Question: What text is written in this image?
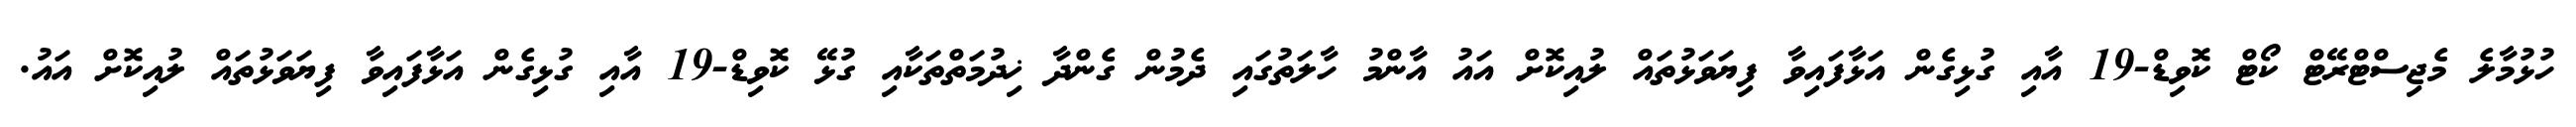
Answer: ހުޅުމާލެ މެޖިސްޓްރޭޓް ކޯޓް ކޮވިޑް-19 އާއި ގުޅިގެން އަޅާފައިވާ ފިޔަވަޅުތައް ލުއިކޮށް އައު އާންމު ހާލަތުގައި ދެމުން ގެންދާ ޚިދުމަތްތަކާއި ގުޅޭ ކޮވިޑް-19 އާއި ގުޅިގެން އަޅާފައިވާ ފިޔަވަޅުތައް ލުއިކޮށް އައު.